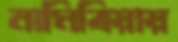
নামিবিয়ায়